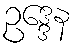
ဥဒ္ဒေန